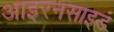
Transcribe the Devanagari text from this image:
आइरनसाइड